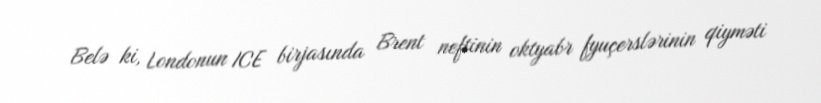
Belə ki, Londonun ICE birjasında Brent neftinin oktyabr fyuçerslərinin qiyməti